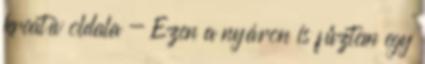
kreatív oldala - Ezen a nyáron is fűztem egy